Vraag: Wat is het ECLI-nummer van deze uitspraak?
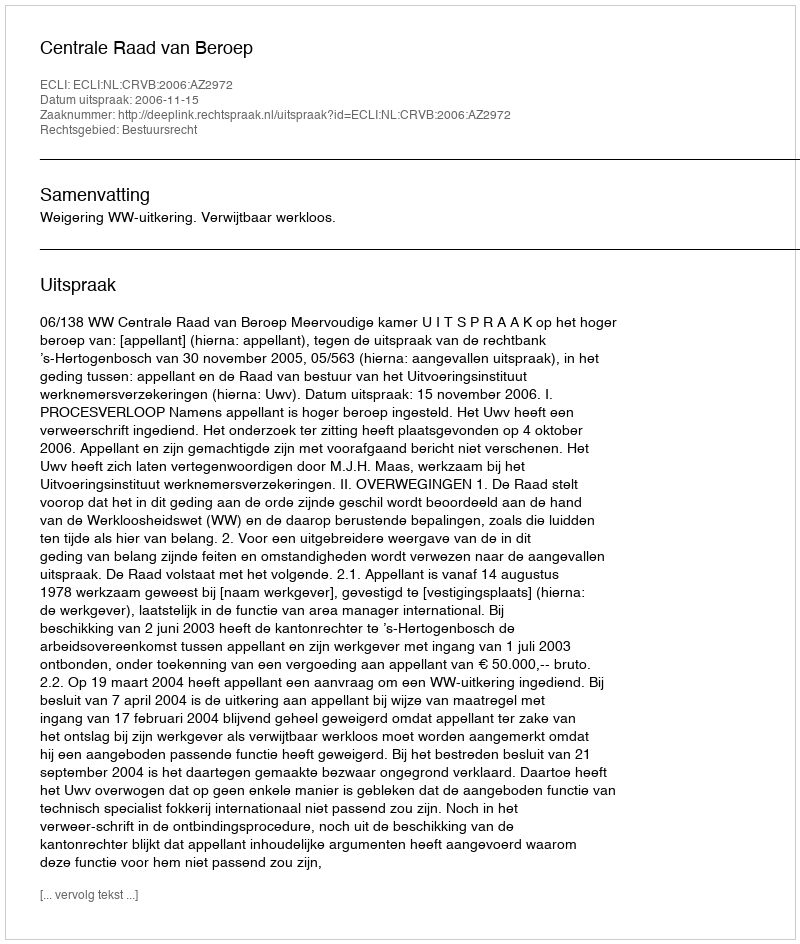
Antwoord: ECLI:NL:CRVB:2006:AZ2972